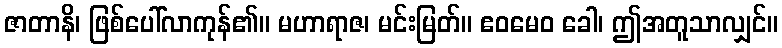
ဇာတာနိ၊ ဖြစ်ပေါ်လာကုန်၏။ မဟာရာဇ၊ မင်းမြတ်။ ဧဝမေဝ ခေါ၊ ဤအတူသာလျှင်။